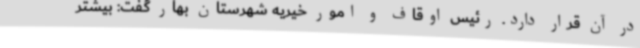
در آن قرار دارد. رئیس اوقاف و امور خیریه شهرستان بهار گفت: بیشتر